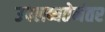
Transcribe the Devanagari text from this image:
उपलब्धतेनंतर